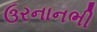
ઉરનાનભી